Annual returns of the Patna Lunatic Asylum at Bankipore in Bihar and Orissa - 1912-1924
Year: 1912
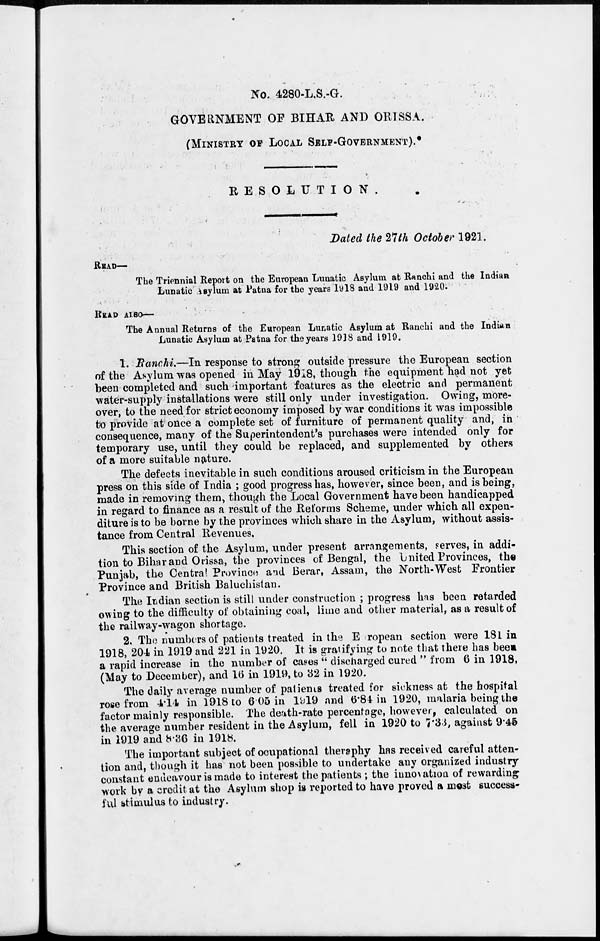
No. 4280-L.S.-G.
GOVERNMENT OF BIHAR AND ORISSA.
(MINISTRY OF LOCAL SELF-GOVERNMENT).
RESOLUTION.
Dated the 27th October 1921.
READ—
The Triennial Report on the European Lunatic Asylum at Ranchi and the Indian
Lunatic Asylum at Patna for the years 1918 and 1919 and 1920.
READ ALSO—
The Annual Returns of the European Lunatic Asylum at Ranchi and the Indian
Lunatic Asylum at Patna for the years 1918 and 1919.
1. Ranchi.—In response to strong outside pressure the European section
of the Asylum was opened in May 1918, though the equipment had not yet
been completed and such important features as the electric and permanent
water-supply installations were still only under investigation. Owing, more-
over, to the need for strict economy imposed by war conditions it was impossible
to provide at once a complete set of furniture of permanent quality and, in
consequence, many of the Superintendent's purchases were intended only for
temporary use, until they could be replaced, and supplemented by others
of a more suitable nature.
The defects inevitable in such conditions aroused criticism in the European
press on this side of India ; good progress has, however, since been, and is being,
made in removing them, though the Local Government have been handicapped
in regard to finance as a result of the Reforms Scheme, under which all expen-
diture is to be borne by the provinces which share in the Asylum, without assis-
tance from Central Revenues.
This section of the Asylum, under present arrangements, serves, in addi-
tion to Bihar and Orissa, the provinces of Bengal, the United Provinces, the
Punjab, the Central Province and Berar, Assam, the North-West Frontier
Province and British Baluchistan.
The Indian section is still under construction ; progress has been retarded
owing to the difficulty of obtaining coal, lime and other material, as a result of
the railway-wagon shortage.
2. The numbers of patients treated in the European section were 181 in
1918, 204 in 1919 and 221 in 1920. It is gratifying to note that there has been
a rapid increase in the number of capes ''discharged cured " from 6 in 1918,
(May to December), and 16 in 1919, to 32 in 1920.
The daily average number of patients treated for sickness at the hospital
rose from 4.14 in 1918 to 6.05 in 1919 and 6.84 in 1920, malaria being the
factor mainly responsible. The death-rate percentage, however, calculated on
the average number resident in the Asylum, fell in 1920 to 7.33, against 9.45
in 1919 and 8.36 in 1918.
The important subject of ocupational theraphy has received careful atten-
tion and, though it has not been possible to undertake any organized industry
constant endeavour is made to interest the patients ; the innovation of rewarding
work by a credit at the Asylum shop is reported to have proved a most success-
ful stimulus to industry.